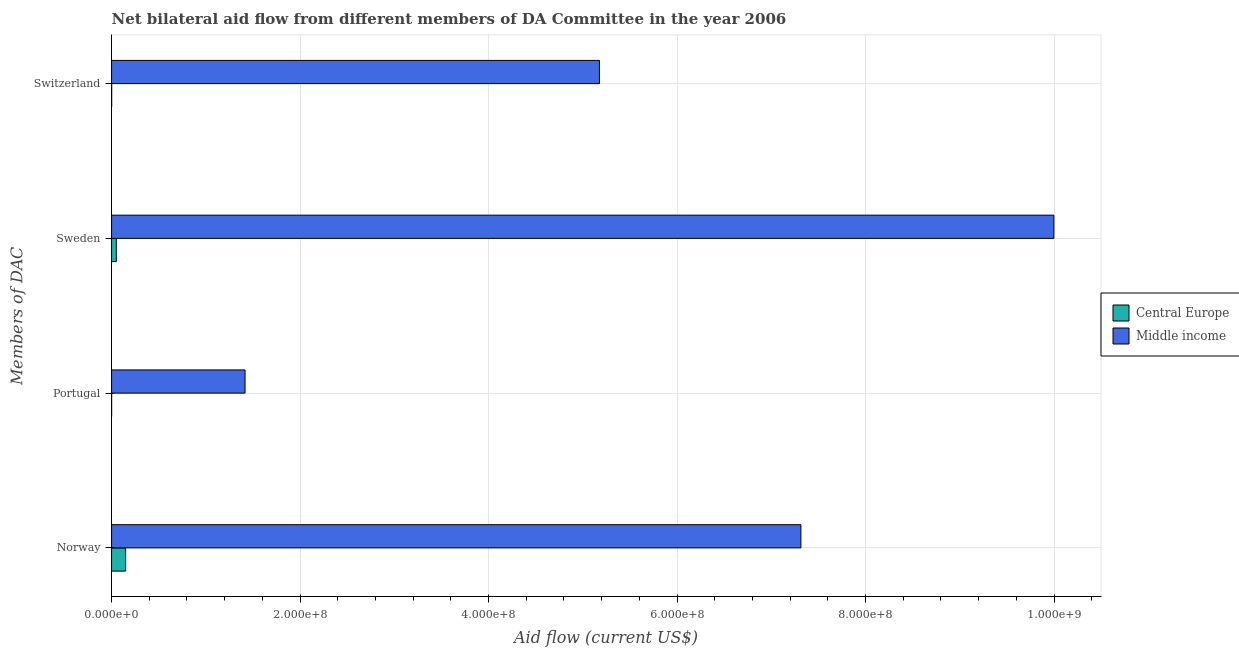
| Members of DAC | Central Europe | Middle income |
 | --- | --- | --- |
 | Norway | 1.49e+07 | 7.31e+08 |
 | Portugal | 8e+04 | 1.42e+08 |
 | Sweden | 5.06e+06 | 1e+09 |
 | Switzerland | 1.3e+05 | 5.18e+08 |